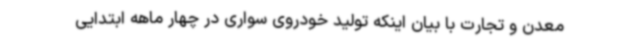
معدن و تجارت با بیان اینکه تولید خودروی سواری در چهار ماهه ابتدایی